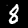
Digit: 8